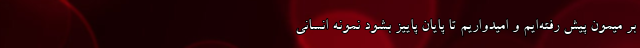
بر میمون پیش‌ رفته‌‌‌ایم و امیدواریم تا پایان پاییز بشود نمونه انسانی